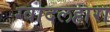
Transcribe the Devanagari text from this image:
ग्वादलहारा